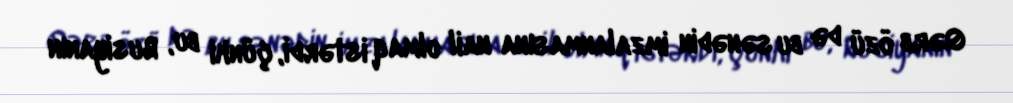
Qərb özü də bu sənədin imzalanmasına nail olmaq istərdi, çünki bu, Rusiyanın